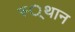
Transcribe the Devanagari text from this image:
स्‍्थान